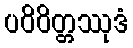
ပဝိဝိတ္တဿုဒံ